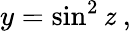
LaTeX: y=\sin^{2}\mathit{z}\; ,